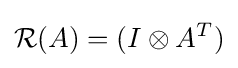
{\mathcal {R}}(A)=(I\otimes A^{T})